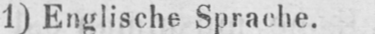
1) Englische Sprache.